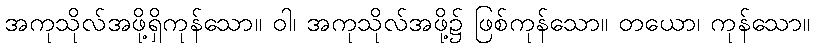
အကုသိုလ်အဖို့ရှိကုန်သော။ ဝါ၊ အကုသိုလ်အဖို့၌ ဖြစ်ကုန်သော။ တယော၊ ကုန်သော။